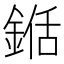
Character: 𮢍